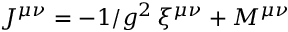
J ^ { \mu \nu } = - 1 / g ^ { 2 } \, \xi ^ { \mu \nu } + { \cal M } ^ { \mu \nu }